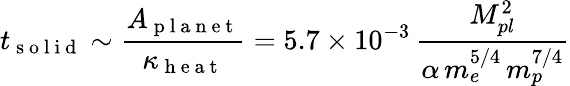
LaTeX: t_{\mathrm{~s~o~l~i~d~}}\sim\frac{A_{\mathrm{~p~l~a~n~e~t~}}}{\kappa_{\mathrm{~h~e~a~t~}}}=5.7\times 10^{-3}\, \frac{M_{pl}^{2}}{\alpha\, m_{e}^{5/4}\, m_{p}^{7/4}}